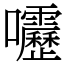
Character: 𫭁